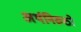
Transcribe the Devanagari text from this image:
अर्थनिरुठो